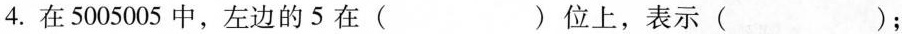
4.在5005005中，左边的5在( )位上，表示( )；